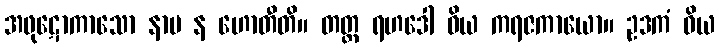
အဖုဋောကာသော နာမ န ဟောတီတိ။ တတ္ထ ရဟဒေါ ဝိယ ကရဇကာယော။ ဥဒကံ ဝိယ